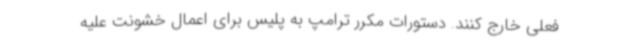
فعلی خارج کنند. دستورات مکرر ترامپ به پلیس برای اعمال خشونت علیه